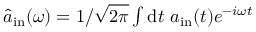
\hat { a } _ { \mathrm { i n } } ( \omega ) = 1 / \sqrt { 2 \pi } \smallint \mathrm { d } t ~ a _ { \mathrm { i n } } ( t ) e ^ { - i \omega t }